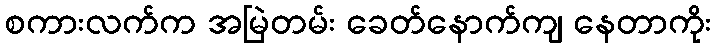
စကားလက်က အမြဲတမ်း ခေတ်နောက်ကျ နေတာကိုး